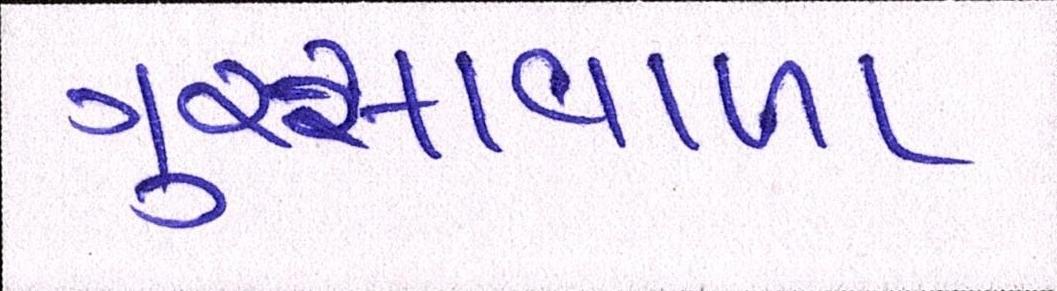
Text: ગુસ્સાવાળા